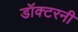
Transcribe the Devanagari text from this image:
डॉक्टरनी